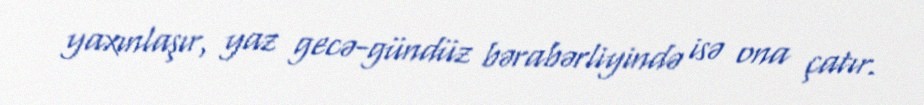
yaxınlaşır, yaz gecə-gündüz bərabərliyində isə ona çatır.